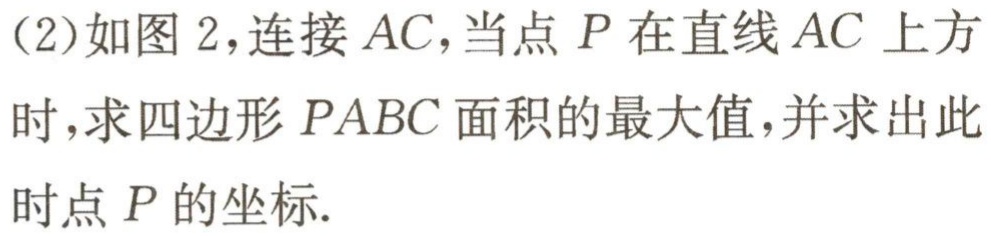
(2)如图 2，连接 \(AC\)，当点 \(P\)在直线 \(AC\)上方时，求四边形 \(PABC\)面积的最大值，并求出此时点 \(P\)的坐标.